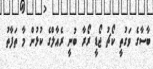
ބާސާގެ ވަގުތީ ކޯޗު ޖޯޑީ ރޯރާ ބުނީ ރެއާލްގެ ކުޅުން މާ ތަފާތު